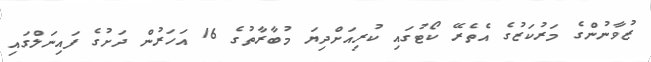
ޒުވާނުންގެ މަރުކަޒުގެ އެތެރޭ ކޯޓުގައި ކުރިއަށްދިޔަ މުބާރާތުގެ 16 އަހަރުން ދަށުގެ ފައިނަލްގައި